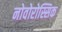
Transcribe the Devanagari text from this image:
नोवोरोस्सिक